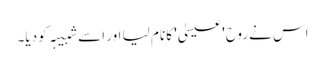
اس نے روح 'عیسیٰ' کا نام لیا اور اسے شبیہہ کو دیا۔